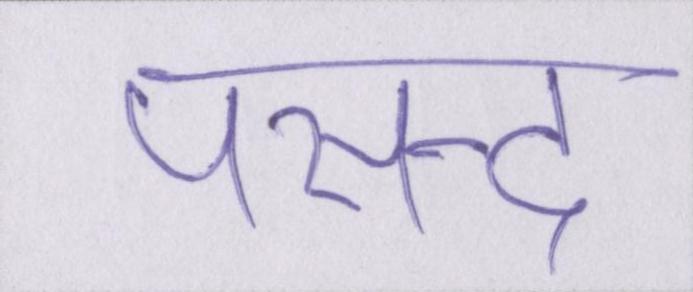
पसन्द